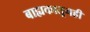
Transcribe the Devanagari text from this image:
बाह्यकातूनही